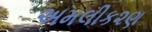
અમલીક૨ણ